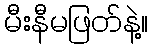
မီးနီမဖြတ်နဲ့။